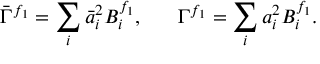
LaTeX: \bar { \Gamma } ^ { f _ { 1 } } = \sum _ { i } \bar { a } _ { i } ^ { 2 } B _ { i } ^ { f _ { 1 } } , \ \ \ \ \ \Gamma ^ { f _ { 1 } } = \sum _ { i } a _ { i } ^ { 2 } B _ { i } ^ { f _ { 1 } } .